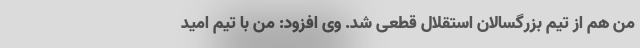
من هم از تیم بزرگسالان استقلال قطعی شد. وی افزود: من با تیم امید